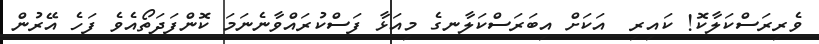
ވެރިރަސްކަލާކޮ! ކައިރި  އަކަށް އިބަރަސްކަލާނގެ މިއަޅާ ފަސްކުރައްވާނެނަމަ ކޮންފަދަތޯއެވެ ފަހެ އޭރުން